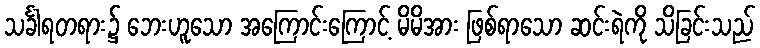
သင်္ခါရတရား၌ ဘေးဟူသော အကြောင်းကြောင့် မိမိအား ဖြစ်ရာသော ဆင်းရဲကို သိခြင်းသည်